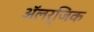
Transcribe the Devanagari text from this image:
अॅलर्जिक